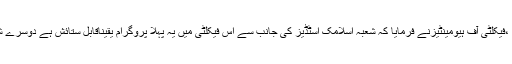
مہمان خصوصی پروفیسر وہاج الدین علوی ،ڈین ،فیکلٹی آف ہیومینٹیزنے فرمایا کہ شعبہ اسلامک اسٹڈیز کی جانب سے اس فیکلٹی میں یہ پہلا پروگرام یقیناًقابل ستائش ہے دوسرے شعبوں کو اس سے تحریک حاصل کرنی چاہیے۔